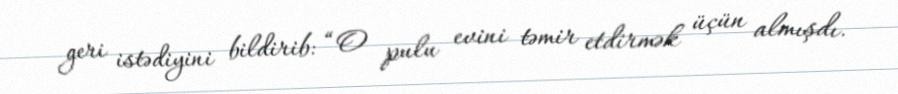
geri istədiyini bildirib: “O pulu evini təmir etdirmək üçün almışdı.